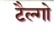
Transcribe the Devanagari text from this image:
टैल्गो